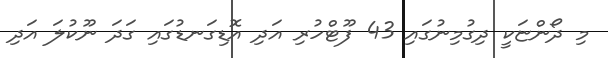
މި ދޯންޏަކީ ދިގުމިނުގައި 43 ފޫޓްހުރި އަދި އޮޑިގަނޑުގައި ގަދަ ނޫކުލަ އަދި